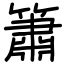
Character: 簫